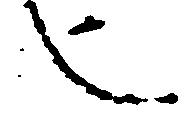
也